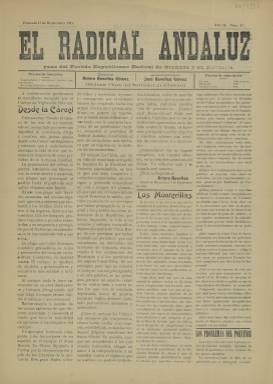
Título: El Radical andaluz
Colección: Periódicos
Ámbito geográfico: Granada
Lugar de publicación: Granada
Fechas: 17/09/1911-17/09/1911

Este periódico, tal y como decía uno de los tres subtítulos que llegó a tener, era el órgano del Partido Republicano Radical de Granada y su provincia, es decir de la formación política que presidía a nivel nacional Alejandro Lerroux, político que en sus inicios hizo uso de la demagogia y con el tiempo moderaría su discurso llegando a ser presidente del Gobierno durante la II República con un programa de centro derecha.

  Como otros con el mismo título en distintas provincias españolas, el periódico granadino se fundó en 1910 después de que Lerroux fundara El Radical en Madrid en marzo de ese año. En 1912 El Radical andaluz cambió su subtítulo, que pasó a ser semanario republicano obrero.

  El periódico estaba dirigido por Antero Revelles Gómez y como administrador figuraba un hermano suyo. Revelles creía que solo Lerroux era capaz de traer la República a España y no otros políticos de izquierda como el líder del PSOE, Pablo Iglesias, o el intelectual republicano Gumersindo de Azcárate, según dijo en una asamblea de militantes radicales en diciembre de 1910 de la que informó el periódico El Defensor de Granada. Precisamente, a causa de las diferencias en el Congreso de los Diputados entre Lerroux y Pablo Iglesias, Revelles cambió el primer subtítulo de su periódico, que era ‘republicano socialista’, alejándose del PSOE.

  La Biblioteca Nacional de España solo posee un número de El Radical andaluz, el correspondiente al 17 de septiembre de 1911. Se da la circunstancia de que en este número hay un artículo en portada de Antero Revelles escrito desde la cárcel, donde había ingresado condenado por injurias a políticos del Partido Liberal, aunque no estuvo mucho tiempo en prisión, según los datos de la tesis de doctorado de Álvaro López Osuna en la Universidad de Granada con el título ‘Dinámica de contienda política en la ciudad de Granada (1898-1923)’.

   El Radical andaluz era un periódico de partido y su contenido estaba supeditado a su ideario. Los artículos de fondo defendiendo las posiciones propias y atacando las contrarias eran la tónica de sus páginas, salvo la cuarta y última que estaba dedicada a la publicidad, medio con el que podían subsistir estas publicaciones partidarias.

   No parece que el periódico dedicara apenas espacio a la información estrictamente local o que tratara otros asuntos fuera de la política, tanto la de Granada y su provincia como la política nacional. Tampoco parece que la publicación se prolongara más allá de 1912.

[Descripción publicada el 20/09/2024]